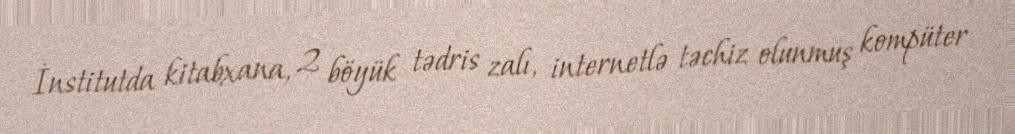
İnstitutda kitabxana, 2 böyük tədris zalı, internetlə təchiz olunmuş kompüter